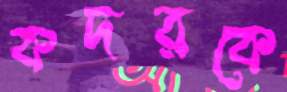
কদরকে